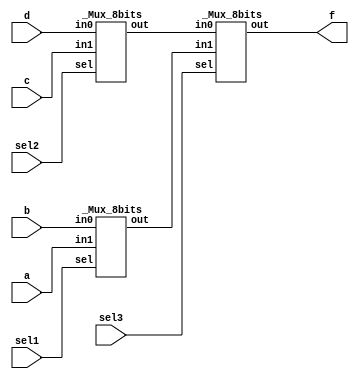
`timescale 1ns/1ps

module Mux_8bits (a, b, c, d, sel1, sel2, sel3, f);

input [8-1:0] a, b, c, d;
input sel1, sel2, sel3;
output [8-1:0] f;

wire [8-1:0] w1, w2;

_Mux_8bits mux_8bits_0 (.in1(a), .in0(b), .sel(sel1), .out(w1));
_Mux_8bits mux_8bits_1 (.in1(c), .in0(d), .sel(sel2), .out(w2));
_Mux_8bits mux_8bits_2 (.in1(w1), .in0(w2), .sel(sel3), .out(f));

endmodule


module Mux_1bit (out, in1, in0, sel);

input in0;
input in1;
input sel;
output out;

wire sel_n;
wire and_in_0;
wire and_in_1;

not not0 (sel_n, sel);
and and0 (and_in_1, in1, sel);
and and1 (and_in_0, in0, sel_n);
or  or0  (out, and_in_1, and_in_0);

endmodule


module _Mux_8bits (out, in1, in0, sel);

input [8-1:0] in0;
input [8-1:0] in1;
input sel;
output [8-1:0] out;

Mux_1bit mux_1bit [8-1:0] (out, in1, in0, sel);

endmodule